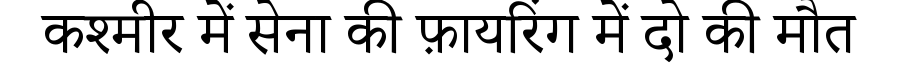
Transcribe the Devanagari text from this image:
कश्मीर में सेना की फ़ायरिंग में दो की मौत